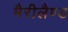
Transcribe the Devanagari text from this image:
मैरीलैण्ड